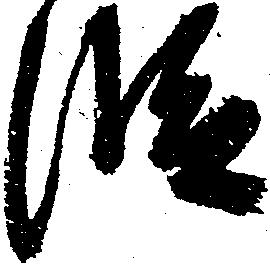
段